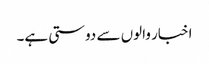
اخبار والوں سے دوستی ہے۔